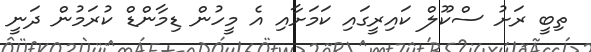
ތިބީ ރަށު ސްކޫލް ކައިރީގައި ކަމަށާއި އެ މީހުން ޑިމާންޑް ކުރަމުން ދަނީ